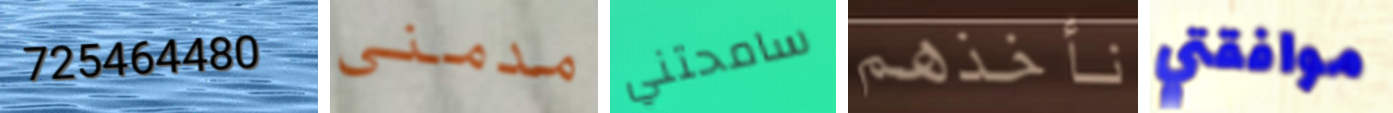
725464480 مدمني سامحتني نأخذهم موافقتي